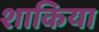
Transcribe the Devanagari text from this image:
शाकिया